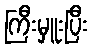
ကြီးမှူးပြီး